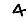
Digit: 4